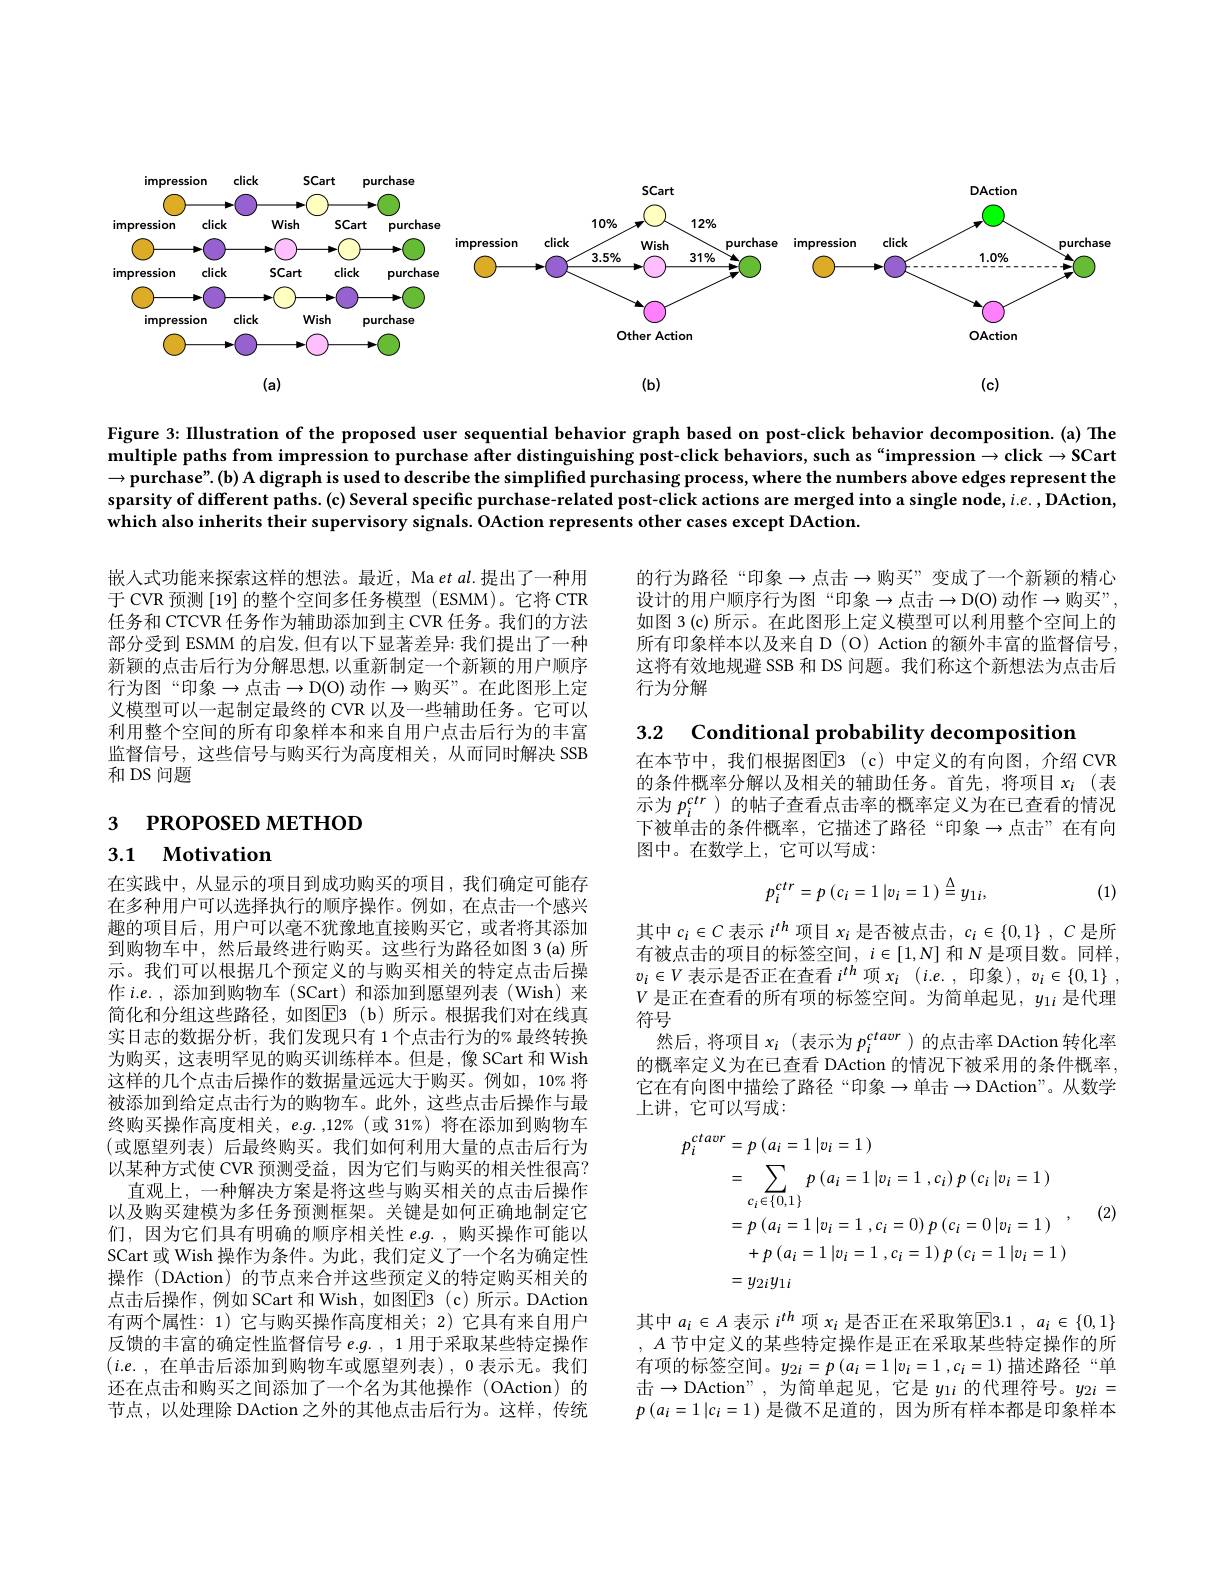
<FigureHere>

Figure 3: IIlustration of the proposed user sequential behavior graph based on post-click behavior decomposition.(a) The multiple paths from impression to purchase after distinguishing post-click behaviors, such as“impression $\to\mathsf{click}\to\mathsf{SCart}$ $\to \textbf{purchase" . ( b) A digraph is used to describe the simplified purchasing process, where the numbers above edges represent the}$ sparsity of different paths. (c) Several specific purchase-related post-click actions are merged into a single node, i.e. , DAction, which also inherits their supervisory signals. OAction represents other cases except DAction.

的行为路径“印象$\to$点击$\to$购买”变成了一个新颖的精心设计的用户顺序行为图“印象$\to$点击$\to$D(O)动作$\to$购买”, 如图 3(c) 所示。在此图形上定义模型可以利用整个空间上的所有印象样本以及来自 D(O) Action 的额外丰富的监督信号。这将有效地规避 SSB 和 DS 问题。我们称这个新想法为点击后行为分解

嵌入式功能来探索这样的想法。最近，Ma et $al.$提出了一种用于 CVR 预测[19] 的整个空间多任务模型 (ESMM)。它将 CTR 任务和 CTCVR 任务作为辅助添加到主 CVR 任务。我们的方法部分受到 ESMM 的启发，但有以下显著差异：我们提出了一种新颖的点击后行为分解思想，以重新制定一个新颖的用户顺序行为图“印象$\to$点击$\to$D(O)动作$\to$购买”。在此图形上定义模型可以一起制定最终的 CVR 以及一些辅助任务。它可以利用整个空间的所有印象样本和来自用户点击后行为的丰富监督信号，这些信号与购买行为高度相关，从而同时解决 SSB 和 DS 问题

3.2 $\textbf{Conditional probability decompositior}$

在本节中，我们根据图$\overline{\mathrm{E}}$3(c)中定义的有向图，介绍 CVR 的条件概率分解以及相关的辅助任务。首先，将项目$x_i$(表示为$p_i^{ctr}$ )的帖子查看点击率的概率定义为在已查看的情况下被单击的条件概率，它描述了路径“印象$\to$点击”在有向图中。在数学上，它可以写成：

3 РROPOSED МЕТНОD

# 3.1 Motivation
$$p_{i}^{ctr}=p\:(c_{i}=1\:|v_{i}=1\:)\stackrel{\Delta}{=}y_{1i},$$
(1)

其中$c_i\in C$表示$i^th$项目$x_i$是否被点击，$c_i\in\{0,1\}$ , $C$是所有被点击的项目的标签空间，$i\in[1,N]$和$N$是项目数。同样， $v_i\in V$表示是否正在查看$i^th$项$x_i$ (i.e.,印象), $v_i\in \{ 0, 1\}$ , $V$是正在查看的所有项的标签空间。为简单起见，$y_1i$是代理符号
然后，将项目$x_i$ (表示为$p_i^{ctavr}$ )的点击率 DAction 转化率的概率定义为在已查看 DAction 的情况下被采用的条件概率， 它在有向图中描绘了路径“印象$\to$单击$\to$DAction”。从数学上讲，它可以写成：

在实践中，从显示的项目到成功购买的项目，我们确定可能存在多种用户可以选择执行的顺序操作。例如，在点击一个感兴趣的项目后，用户可以毫不犹豫地直接购买它，或者将其添加到购物车中，然后最终进行购买。这些行为路径如图 3(a)所示。我们可以根据几个预定义的与购买相关的特定点击后操作$i.e.$,添加到购物车(SCart)和添加到愿望列表(Wish)来简化和分组这些路径，如图$\boxed{\mathrm{E} }3$ (b)所示。根据我们对在线真实日志的数据分析，我们发现只有 1个点击行为的% 最终转换为购买，这表明罕见的购买训练样本。但是，像 SCart 和 Wish 这样的几个点击后操作的数据量远远大于购买。例如，10% 将被添加到给定点击行为的购物车。此外，这些点击后操作与最终购买操作高度相关，$e.g.$ ,12% (或 31%) 将在添加到购物车(或愿望列表)后最终购买。我们如何利用大量的点击后行为以某种方式使 CVR 预测受益，因为它们与购买的相关性很高？
直观上，一种解决方案是将这些与购买相关的点击后操作以及购买建模为多任务预测框架。关键是如何正确地制定它们，因为它们具有明确的顺序相关性$e. g.$ ,购买操作可能以SCart 或 Wish 操作为条件。为此，我们定义了一个名为确定性操作 (DAction) 的节点来合并这些预定义的特定购买相关的点击后操作，例如 SCart 和 Wish, 如图$\boxed{\mathrm{E}}3$(c)所示。DAction 有两个属性：1) 它与购买操作高度相关；2) 它具有来自用户反馈的丰富的确定性监督信号$e.g.,1$用于采取某些特定操作还在点击和购买之间添加了一个名为其他操作(OAction)的节点，以处理除 DAction之外的其他点击后行为。这样，传统
$$\begin{aligned}p_{i}^{ctavr}&=p\:(\:a_{i}=1\:|v_{i}=1\:)\\&=\sum_{c_{i}\in\{0,1\}}p\:(\:a_{i}=1\:|v_{i}=1\:,c_{i})\:p\:(\:c_{i}\:|v_{i}=1\:)\\&=p\:(\:a_{i}=1\:|v_{i}=1\:,\:c_{i}=0)\:p\:(\:c_{i}=0\:|v_{i}=1\:)\\&+p\:(\:a_{i}=1\:|v_{i}=1\:,\:c_{i}=1)\:p\:(\:c_{i}=1\:|v_{i}=1\:)\\&=y_{2i}y_{1i}\end{aligned}$$
(2)

其中$a_i\in A$表示$i^{th}$项$x_i$是否正在采取第$\boxed{\mathrm{E}}3.1,a_i\in\{0,1\}$ $,A$节中定义的某些特定操作是正在采取某些特定操作的所有项的标签空间。$y_{2i}=p\left(a_i=1\mid v_i=1\right.,c_i=1)$描述路径“单击$\to$DAction",为简单起见，它是 $y_1i$ 的代理符号。$y_2i=$ $p\left(a_i=1|c_i=1\right)$是微不足道的，因为所有样本都是印象样本